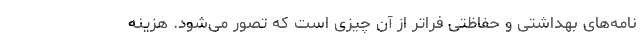
نامه‌های بهداشتی و حفاظتی فراتر از آن چیزی است که تصور می‌شود. هزینه